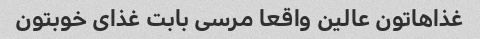
غذاهاتون عالین واقعا مرسی بابت غذای خوبتون